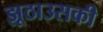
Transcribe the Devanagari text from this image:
झूठाउसकी